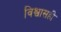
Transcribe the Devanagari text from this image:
विश्वासही